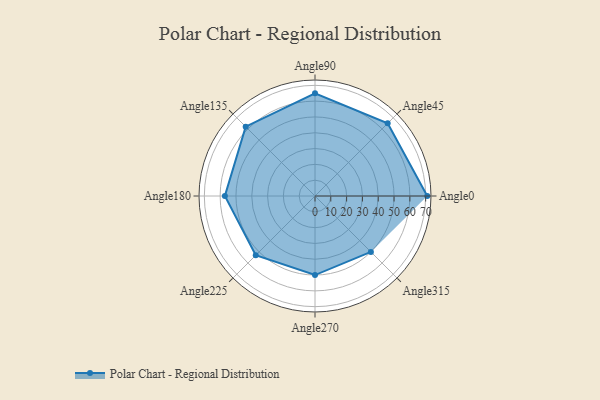
{"axis": {"x": "Angle", "y": "Radius"}, "legend": [""], "data": [{"x": "Angle0", "y": 71.0, "type": ""}, {"x": "Angle45", "y": 65.0, "type": ""}, {"x": "Angle90", "y": 65.0, "type": ""}, {"x": "Angle135", "y": 62.0, "type": ""}, {"x": "Angle180", "y": 57.0, "type": ""}, {"x": "Angle225", "y": 53.0, "type": ""}, {"x": "Angle270", "y": 50, "type": ""}, {"x": "Angle315", "y": 50, "type": ""}]}